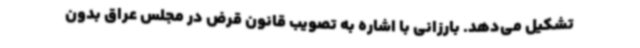
تشکیل می‌دهد. بارزانی با اشاره به تصویب قانون قرض در مجلس عراق بدون